Newspaper: Omaha daily bee.
Place of publication: Omaha [Neb.]
Publisher: Edward Rosewater
Date: 1880-06-11 00:00:00
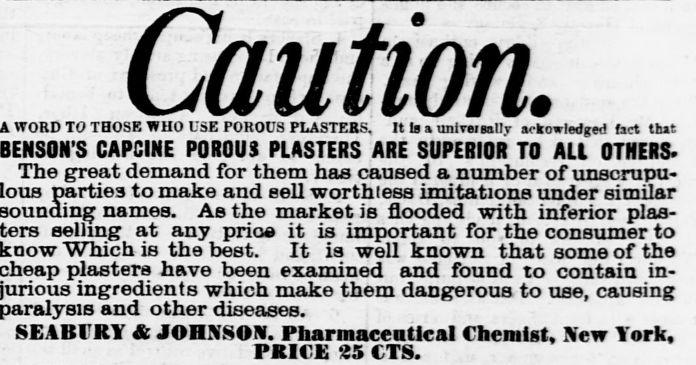
Advertisement text (OCR):
Caution. WORD TO THOSE WHO USE POROUS PLASTERS , H Is a unlreifnlljackowledged fart tint BENSON'S CAPCINE POROUS PLASTERS ARE SUPERIOR TO ALL OTHERS. The great demand for them has caused a number of unscrupu parties to make and sell worthless imitations under similar names. As the market is flooded with inferior pias selling at any price it is important for the consumer to Which is the best. It is well known that some of the plasters have been examined and found to contain in ingredients which make them dangerous to use , causing and other diseases. SEABVRY & JOHNSON. Pharmaceutical Chemist , New York , PRICE 25 CTS.
Label: text-only